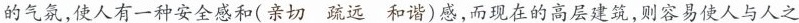
的气氛，使人有一种安全感和(亲切 疏远 和谐)感，而现在的高层建筑，则容易使人与人之